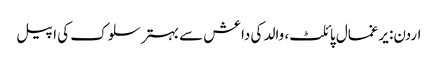
اردن: یرغمال پائلٹ، والد کی داعش سے بہتر سلوک کی اپیل